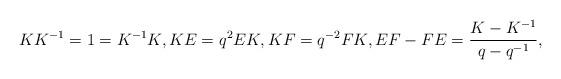
LaTeX: \begin{gather*}KK^{-1}=1=K^{-1}K, KE=q^{2}EK,KF=q^{-2}FK, EF-FE=\frac{K-K^{-1}}{q-q^{-1}},\end{gather*}